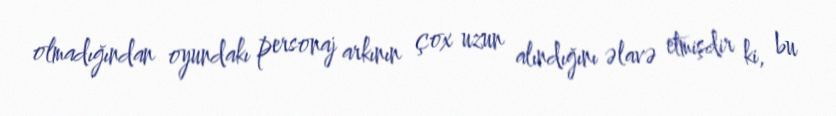
olmadığından oyundakı personaj arkının çox uzun alındığını əlavə etmişdir ki, bu